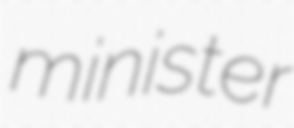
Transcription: minister